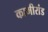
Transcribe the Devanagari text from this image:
कामीरांड